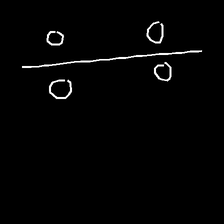
Glyph: cool